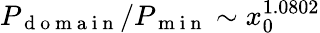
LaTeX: P_{\mathrm{~d~o~m~a~i~n~}}/P_{\mathrm{~m~i~n~}}\sim x_{0}^{1.0802}